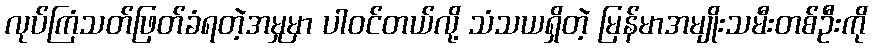
လုပ်ကြံသတ်ဖြတ်ခံရတဲ့အမှုမှာ ပါဝင်တယ်လို့ သံသယရှိတဲ့ မြန်မာအမျိုးသမီးတစ်ဦးကို